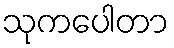
သုကပေါတာ